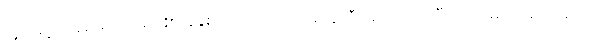
သူတို့ရဲ့ အချစ်ရေးကို 2016 ခုနှစ်က ပရိတ်သတ်တွေဆီ အသိပေးခဲ့ပြီးတော့ မကြာသေးခင်က